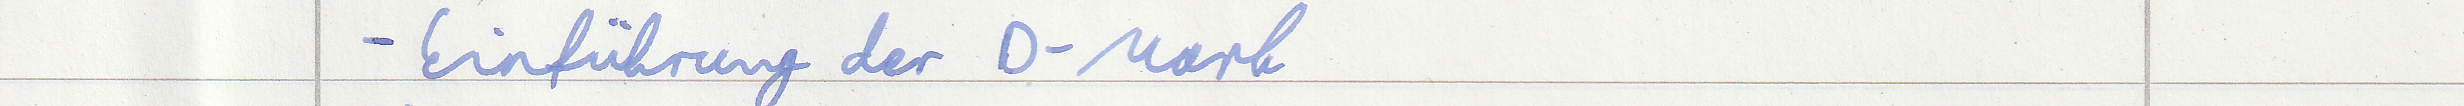
- Einführung der D-Mark